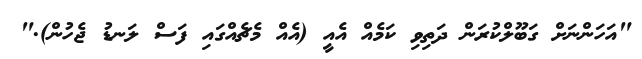
"އަހަންނަށް ގަބޫލްކުރަން ދަތިވި ކަމެއް އެއީ (އެއް މެޗެއްގައި ފަސް ލަނޑު ޖެހުން)."